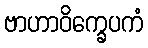
ဗာဟာဝိက္ခေပကံ